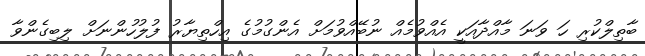
ބާތިލްކުރި ހަ ވަނަ މާއްދާއަކީ އެއްވުމެއް ނުބޭއްވުމަށް އެންގުމުގެ އިހްތިޔާރު ފުލުހުންނަށް ލިބިގެންވާ